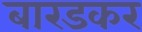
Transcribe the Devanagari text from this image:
बारडकर